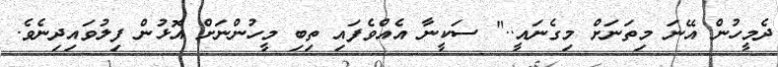
ދެމީހުން އޭނަ މިތަނަށް މިގެނައީ.." ސަކީނާ އެއްވެފައި ތިބި މީހުންނަށް އޮޅުން ފިލުވައިދިނެވެ.